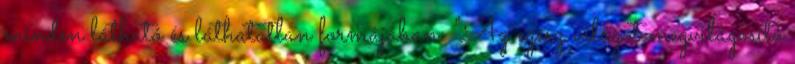
minden látható és láthatatlan formájában: "Az egész világot megvilágosító